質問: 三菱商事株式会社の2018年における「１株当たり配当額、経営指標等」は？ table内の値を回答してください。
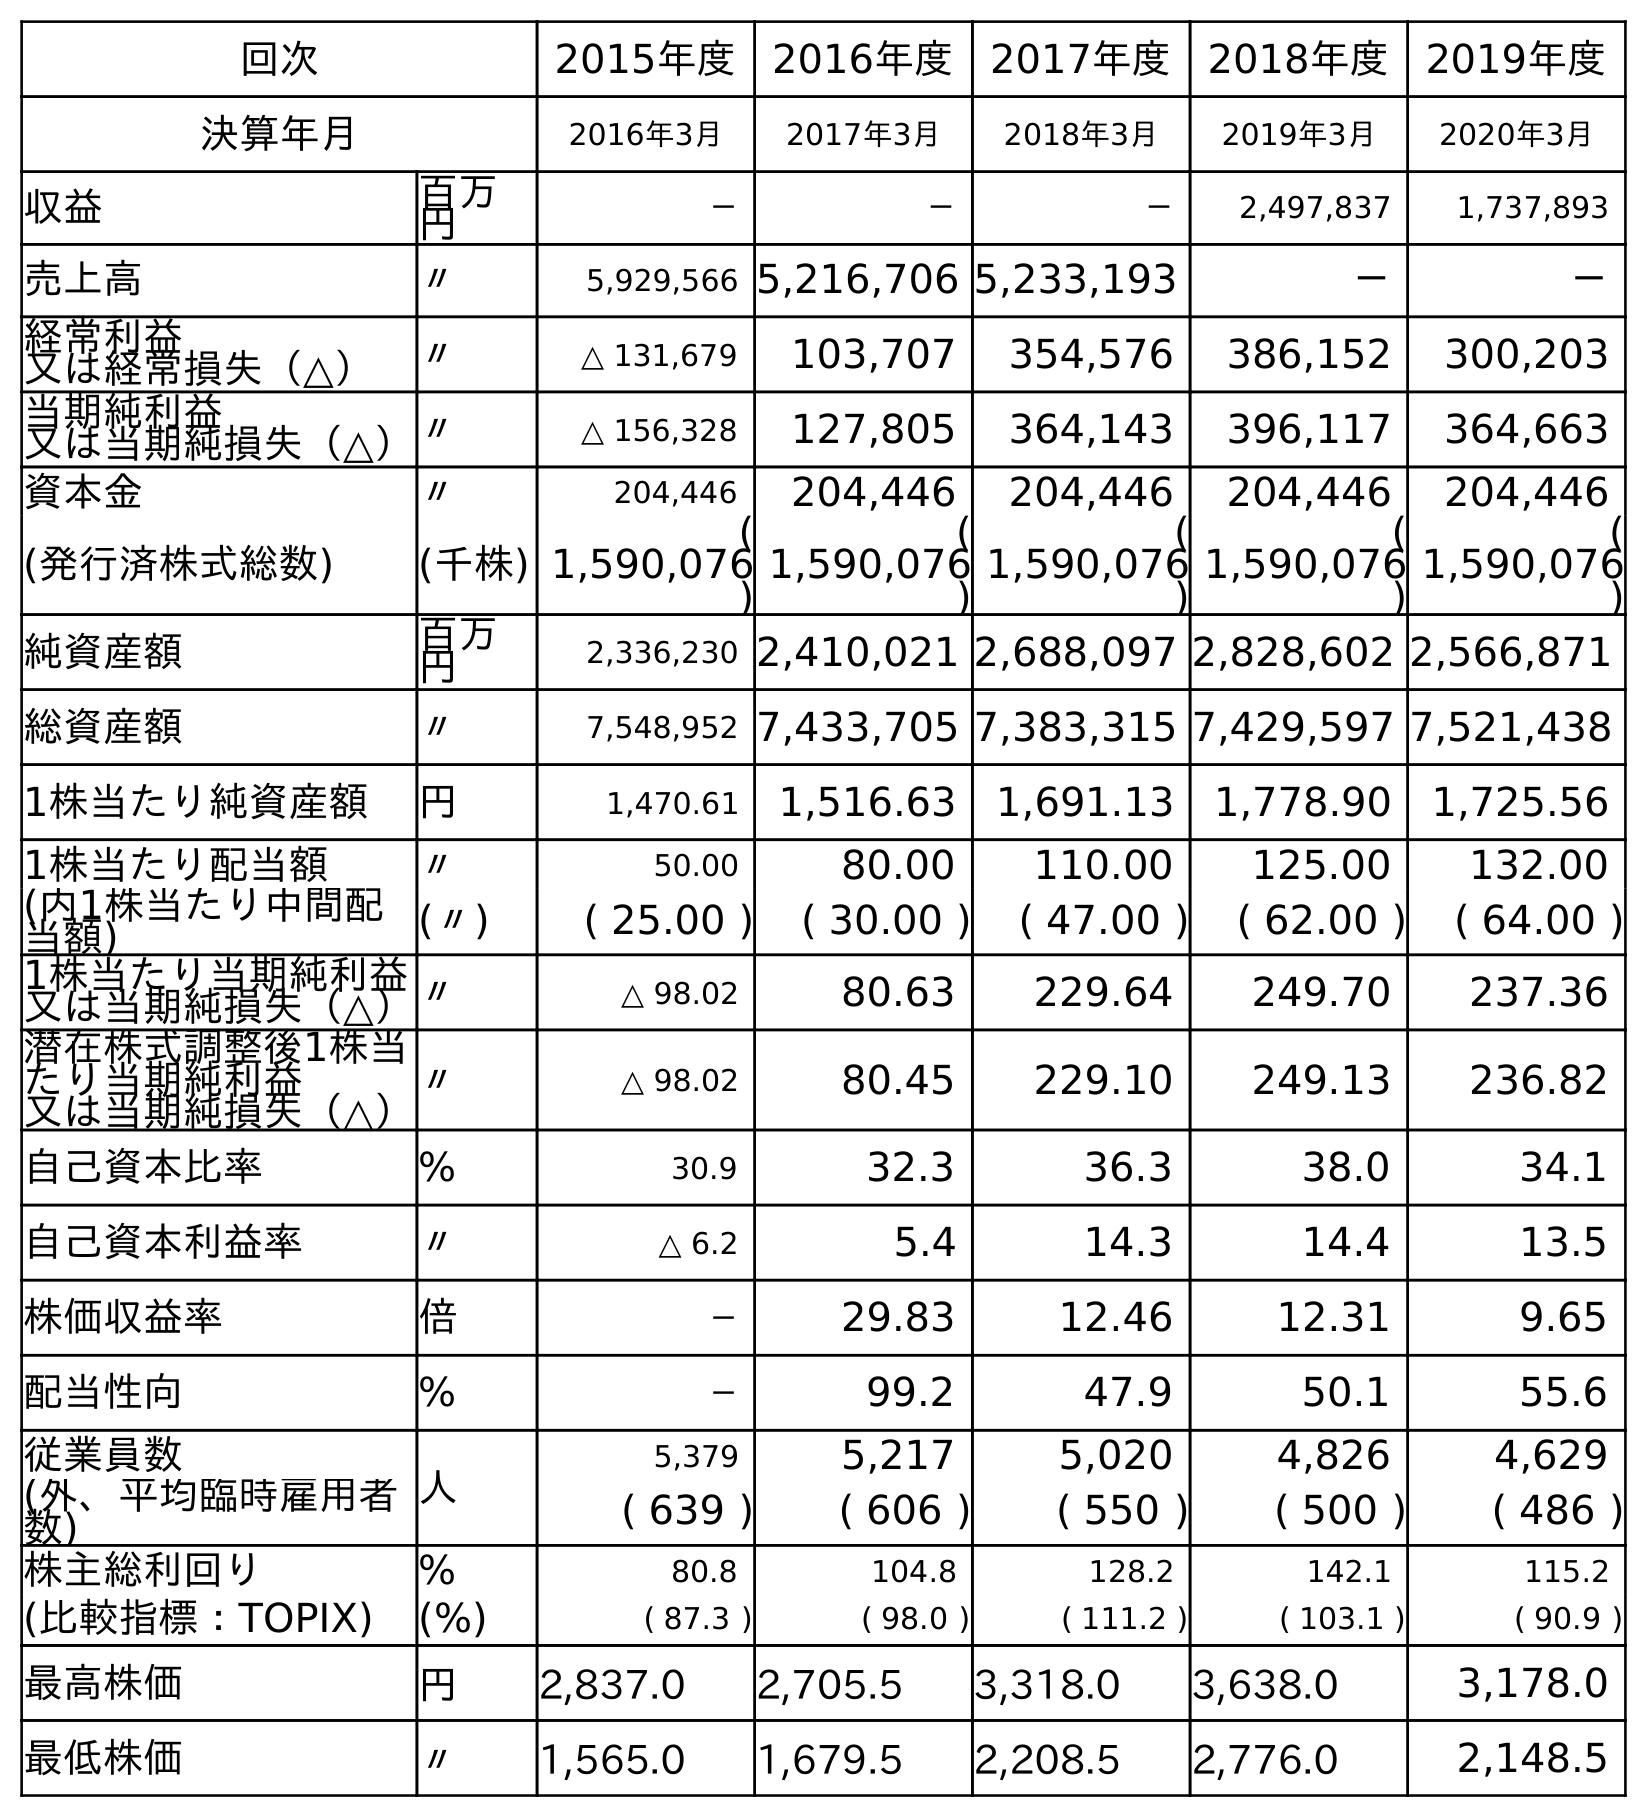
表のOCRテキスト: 回次 2015年度 2016年度 2017年度 2018年度 2019年度 決算年月 2016年3月 2017年3月 2018年3月 2019年3月 2020年3月 収益 百万 円 － － － 2,497,837 1,737,893 売上高 〃 5,929,566 5,216,706 5,233,193 － － 経常利益 又は経常損失（△） 〃 △ 131,679 103,707 354,576 386,152 300,203 当期純利益 又は当期純損失（△）〃 △ 156,328 127,805 364,143 396,117 364,663 資本金 〃 204,446 204,446 204,446 204,446 204,446 (発行済株式総数) (千株) ( 1,590,076 ) ( 1,590,076 ) ( 1,590,076 ) ( 1,590,076 ) ( 1,590,076 ) 純資産額 百万 円 2,336,230 2,410,021 2,688,097 2,828,602 2,566,871 総資産額 〃 7,548,952 7,433,705 7,383,315 7,429,597 7,521,438 1株当たり純資産額 円 1,470.61 1,516.63 1,691.13 1,778.90 1,725.56 1株当たり配当額 〃 50.00 80.00 110.00 125.00 132.00 (内1株当たり中間配 当額) (〃) ( 25.00 ) ( 30.00 ) ( 47.00 ) ( 62.00 ) ( 64.00 ) 1株当たり当期純利益 又は当期純損失（△）〃 △ 98.02 80.63 229.64 249.70 237.36 潜在株式調整後1株当 たり当期純利益 又は当期純損失（△） 〃 △ 98.02 80.45 229.10 249.13 236.82 自己資本比率 % 30.9 32.3 36.3 38.0 34.1 自己資本利益率 〃 △ 6.2 5.4 14.3 14.4 13.5 株価収益率 倍 － 29.83 12.46 12.31 9.65 配当性向 % － 99.2 47.9 50.1 55.6 従業員数 人 5,379 5,217 5,020 4,826 4,629 (外、平均臨時雇用者 数) ( 639 ) ( 606 ) ( 550 ) ( 500 ) ( 486 ) 株主総利回り % 80.8 104.8 128.2 142.1 115.2 (比較指標：TOPIX) (%) ( 87.3 ) ( 98.0 ) ( 111.2 ) ( 103.1 ) ( 90.9 ) 最高株価 円 2,837.0 2,705.5 3,318.0 3,638.0 3,178.0 最低株価 〃 1,565.0 1,679.5 2,208.5 2,776.0 2,148.5
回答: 110.00